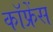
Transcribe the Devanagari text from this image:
कॉफ्रेंस